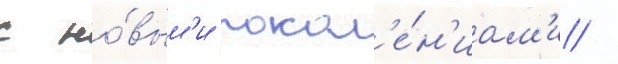
с но́вым'и покол'е́н'иам'и /